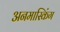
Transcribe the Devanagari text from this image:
अनमास्किंग